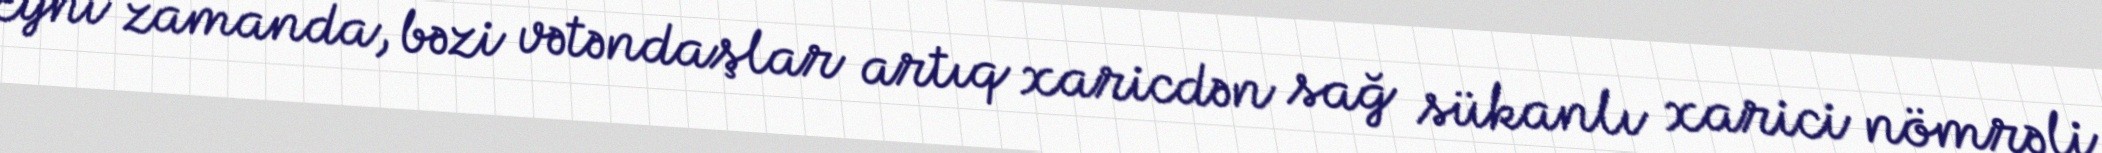
Eyni zamanda, bəzi vətəndaşlar artıq xaricdən sağ sükanlı xarici nömrəli